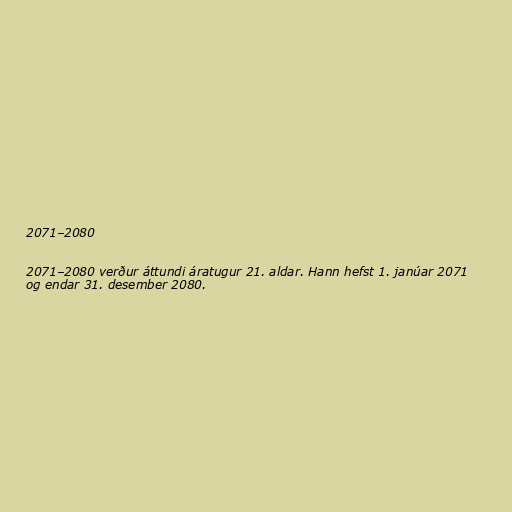
2071–2080

2071–2080 verður áttundi áratugur 21. aldar. Hann hefst 1. janúar 2071
og endar 31. desember 2080.